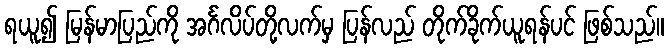
ရယူ၍ မြန်မာပြည်ကို အင်္ဂလိပ်တို့လက်မှ ပြန်လည် တိုက်ခိုက်ယူရန်ပင် ဖြစ်သည်။